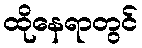
ထိုနေရာတွင်